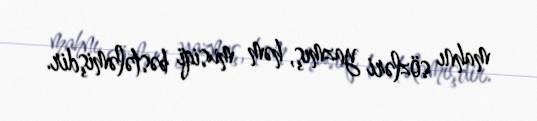
mahnı sözləri yazmış, həm musiqi bəstələmişdir.